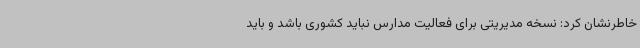
خاطرنشان کرد: نسخه مدیریتی برای فعالیت مدارس نباید کشوری باشد و باید